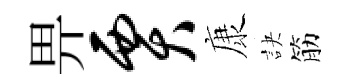
畀贾康訣筋